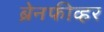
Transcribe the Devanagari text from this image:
ब्रेनफीव्हर